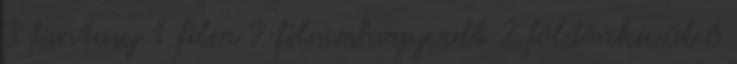
3 fantasy 1 film 9 filmeshogyvolt 2 földönkívül 6